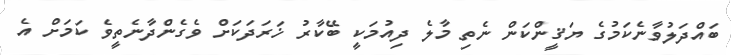
ބައްދަލުވާނެކަމުގެ ޔަޤީންކަން ނެތި މާލެ ދިއުމަކީ ބޭކާރު ޚަރަދަކަށް ވެގެންދާނެތީވެ ކަމަށް އެ